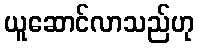
ယူဆောင်လာသည်ဟု